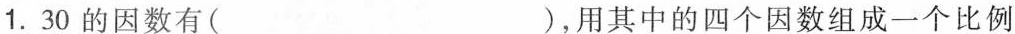
1. 30的因数有( )，用其中的四个因数组成一个比例